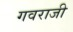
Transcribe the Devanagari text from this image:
गवराजी